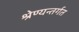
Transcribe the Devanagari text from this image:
श्रेण्यन्तर्गत